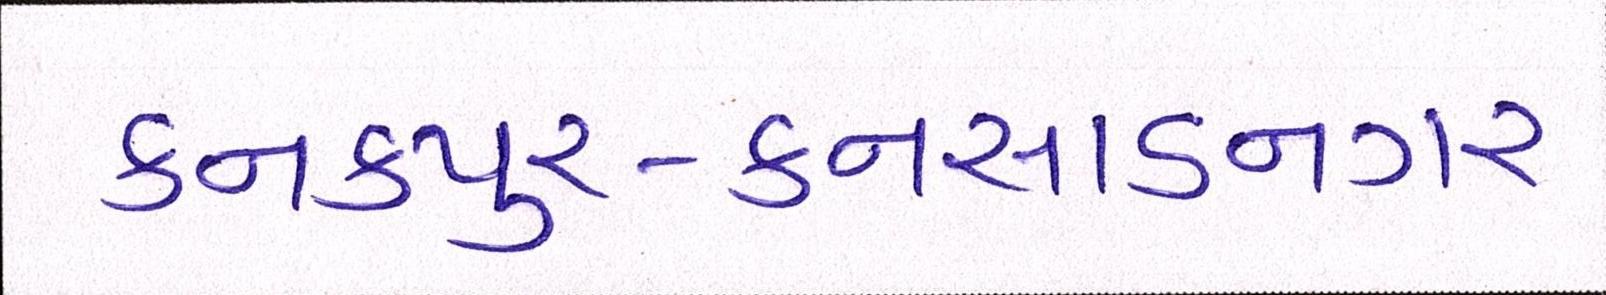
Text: કનકપુર-કનસાડનગર